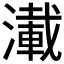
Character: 𰝑